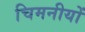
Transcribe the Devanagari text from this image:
चिमनीयों